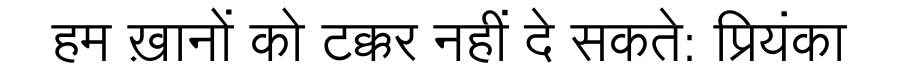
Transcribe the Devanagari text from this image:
हम ख़ानों को टक्कर नहीं दे सकते: प्रियंका